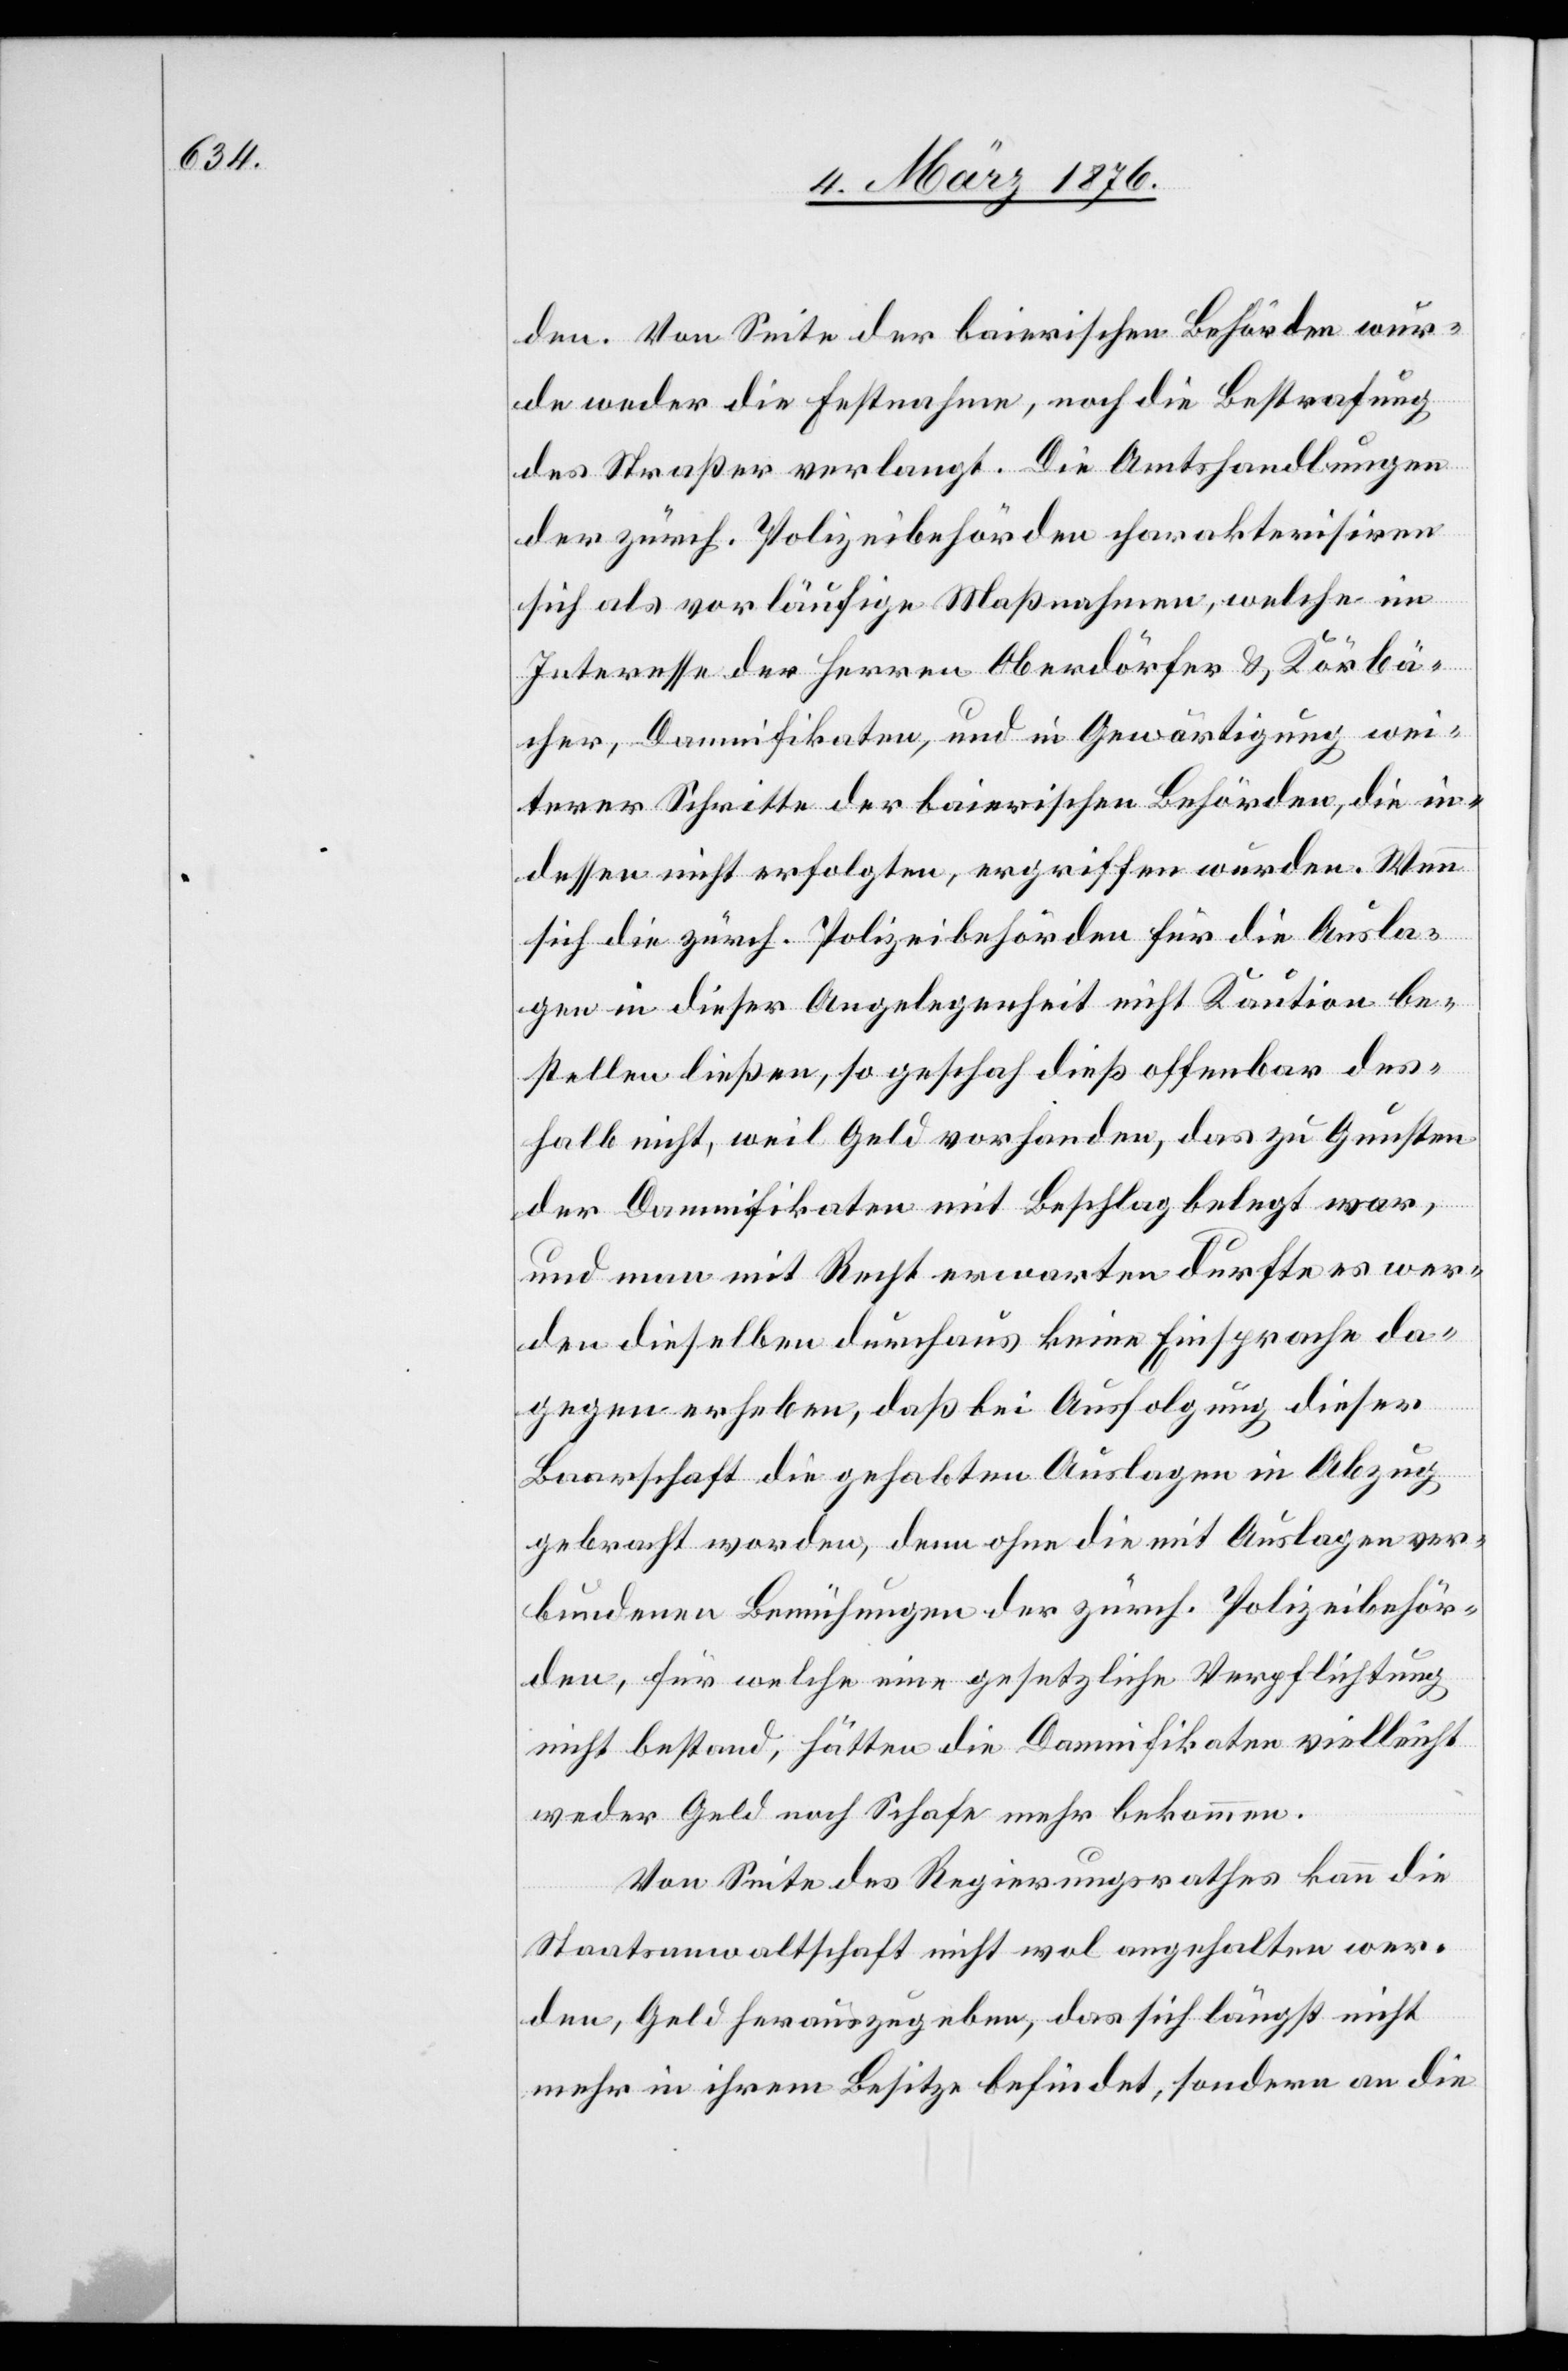
den. Von Seiten der bairischen Behörde wur¬
de weder die Festnahme, noch die Bestrafung
des Straßer verlangt. Die Amtshandlungen
der zürch. Polizeibehörden charakterisiren
sich als vorläufige Maßnahmen, welche im
Interesse der Herren Oberdörfer & Körbä¬
cher, Damnifikaten, und in Gewärtigung wei¬
terer Schritte der bairischen Behörden, die in¬
dessen nicht erfolgten, ergriffen wurden. Wenn
sich die zürch. Polizeibehörden für die Ausla¬
gen in dieser Angelegenheit nicht Kaution be¬
stellen ließen, so geschah dieß offenbar des¬
halb nicht, weil Geld vorhanden, das zu Gunsten
der Damnifikaten mit Beschlag belegt war,
und man mit Recht erwarten durfte es wer¬
den dieselben durchaus keine Einsprache da¬
gegen erheben, daß bei Ausfolgung dieser
Baarschaft die gehabten Auslagen in Abzug
gebracht worden, denn ohne die mit Auslagen ver¬
bundenen Bemühungen der zürch. Polizeibehör¬
den, für welche eine gesetzliche Verpflichtung
nicht bestand, hätten die Damnifikaten vielleicht
weder Geld noch Schafe mehr bekommen.
Von Seite des Regierungsrathes kann die
Staatsanwaltschaft nicht mal angehalten wer¬
den, Geld herauszugeben, das sich längst nicht
mehr in ihrem Besitze befindet, sondern an die